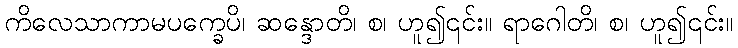
ကိလေသာကာမပက္ခေပိ၊ ဆန္ဒောတိ၊ စ၊ ဟူ၍၎င်း။ ရာဂေါတိ၊ စ၊ ဟူ၍၎င်း။